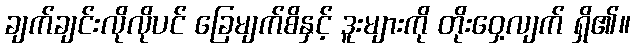
ချက်ချင်းလိုလိုပင် ခြေမျက်စိနှင့် ဒူးများကို တိုးဝှေ့လျက် ရှိ၏။